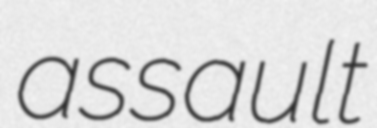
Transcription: assault